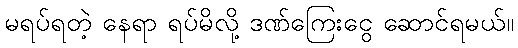
မရပ်ရတဲ့ နေရာ ရပ်မိလို့ ဒဏ်ကြေးငွေ ဆောင်ရမယ်။